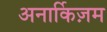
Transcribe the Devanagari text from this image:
अनार्किज़म